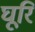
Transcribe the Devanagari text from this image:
घूरि